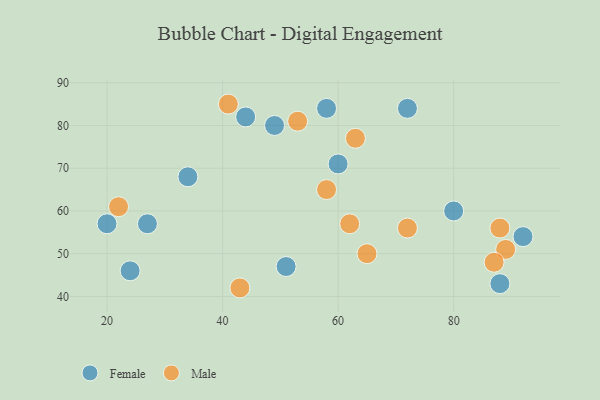
{"axis": {"x": "GDP", "y": "Life Expectancy"}, "legend": ["Female", "Male"], "data": [{"x": "24", "y": 46, "type": "Female"}, {"x": "49", "y": 80, "type": "Female"}, {"x": "80", "y": 60, "type": "Female"}, {"x": "58", "y": 84, "type": "Female"}, {"x": "60", "y": 71, "type": "Female"}, {"x": "20", "y": 57, "type": "Female"}, {"x": "92", "y": 54, "type": "Female"}, {"x": "51", "y": 47, "type": "Female"}, {"x": "34", "y": 68, "type": "Female"}, {"x": "44", "y": 82, "type": "Female"}, {"x": "27", "y": 57, "type": "Female"}, {"x": "88", "y": 43, "type": "Female"}, {"x": "72", "y": 84, "type": "Female"}, {"x": "58", "y": 65, "type": "Male"}, {"x": "65", "y": 50, "type": "Male"}, {"x": "43", "y": 42, "type": "Male"}, {"x": "89", "y": 51, "type": "Male"}, {"x": "53", "y": 81, "type": "Male"}, {"x": "63", "y": 77, "type": "Male"}, {"x": "41", "y": 85, "type": "Male"}, {"x": "72", "y": 56, "type": "Male"}, {"x": "87", "y": 48, "type": "Male"}, {"x": "22", "y": 61, "type": "Male"}, {"x": "88", "y": 56, "type": "Male"}, {"x": "62", "y": 57, "type": "Male"}]}